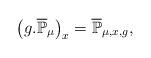
LaTeX: \begin{align*}\left(g.\overline{\mathbb{P}}_{\mu}\right)_{x}=\overline{\mathbb{P}}_{\mu,x,g},\end{align*}